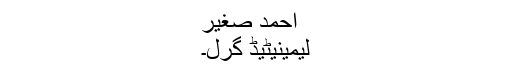
احمد صغیر
لیمینیٹیڈ گرل۔